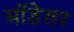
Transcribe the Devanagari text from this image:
मॉडेलर